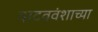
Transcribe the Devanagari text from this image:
यादववंशाच्या